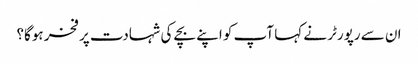
ان سے رپورٹر نے کہا آپ کو اپنے بچے کی شہادت پر فخر ہوگا؟